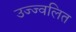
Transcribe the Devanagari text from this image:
उज्ज्वलित